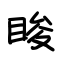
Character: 睃